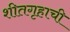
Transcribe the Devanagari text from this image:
शीतगृहाची